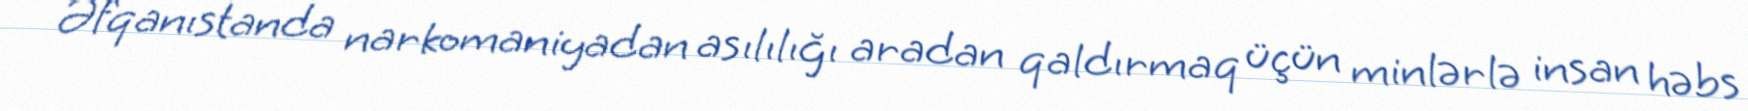
Əfqanıstanda narkomaniyadan asılılığı aradan qaldırmaq üçün minlərlə insan həbs